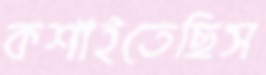
কশাইতেছিস